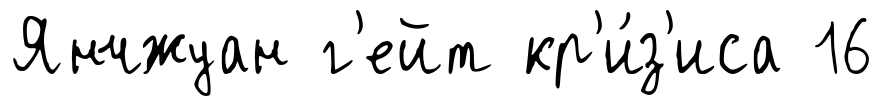
Янчжуан г'ейт кр'и́з'иса 16